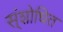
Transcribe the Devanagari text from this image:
स्ंशोधित